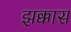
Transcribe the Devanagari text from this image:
झक्कास